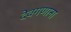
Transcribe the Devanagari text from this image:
देवगणाना